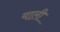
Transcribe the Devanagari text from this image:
याली